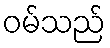
ဝမ်သည်